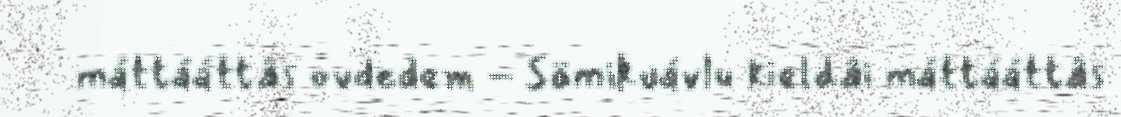
máttááttâs ovdedem - Sämikuávlu kieldâi máttááttâs